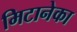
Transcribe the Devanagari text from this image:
मिटानेका